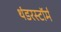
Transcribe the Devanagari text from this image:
थंडरस्टॉर्म